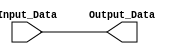
module bypass_always (
    input [7:0] Input_Data,
    output reg[7:0] Output_Data
    );
    
    always@(*)
    begin
        Output_Data <= Input_Data;
    end
endmodule